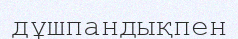
дұшпандықпен